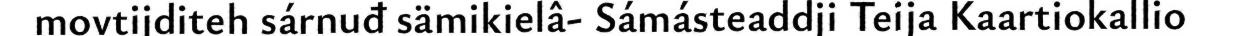
movtijditeh sárnuđ sämikielâ- Sámásteaddji Teija Kaartiokallio